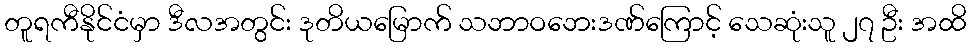
တူရကီနိုင်ငံမှာ ဒီလအတွင်း ဒုတိယမြောက် သဘာဝဘေးဒဏ်ကြောင့် သေဆုံးသူ ၂၇ ဦး အထိ